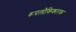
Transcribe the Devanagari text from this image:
रूपलौकिकारक